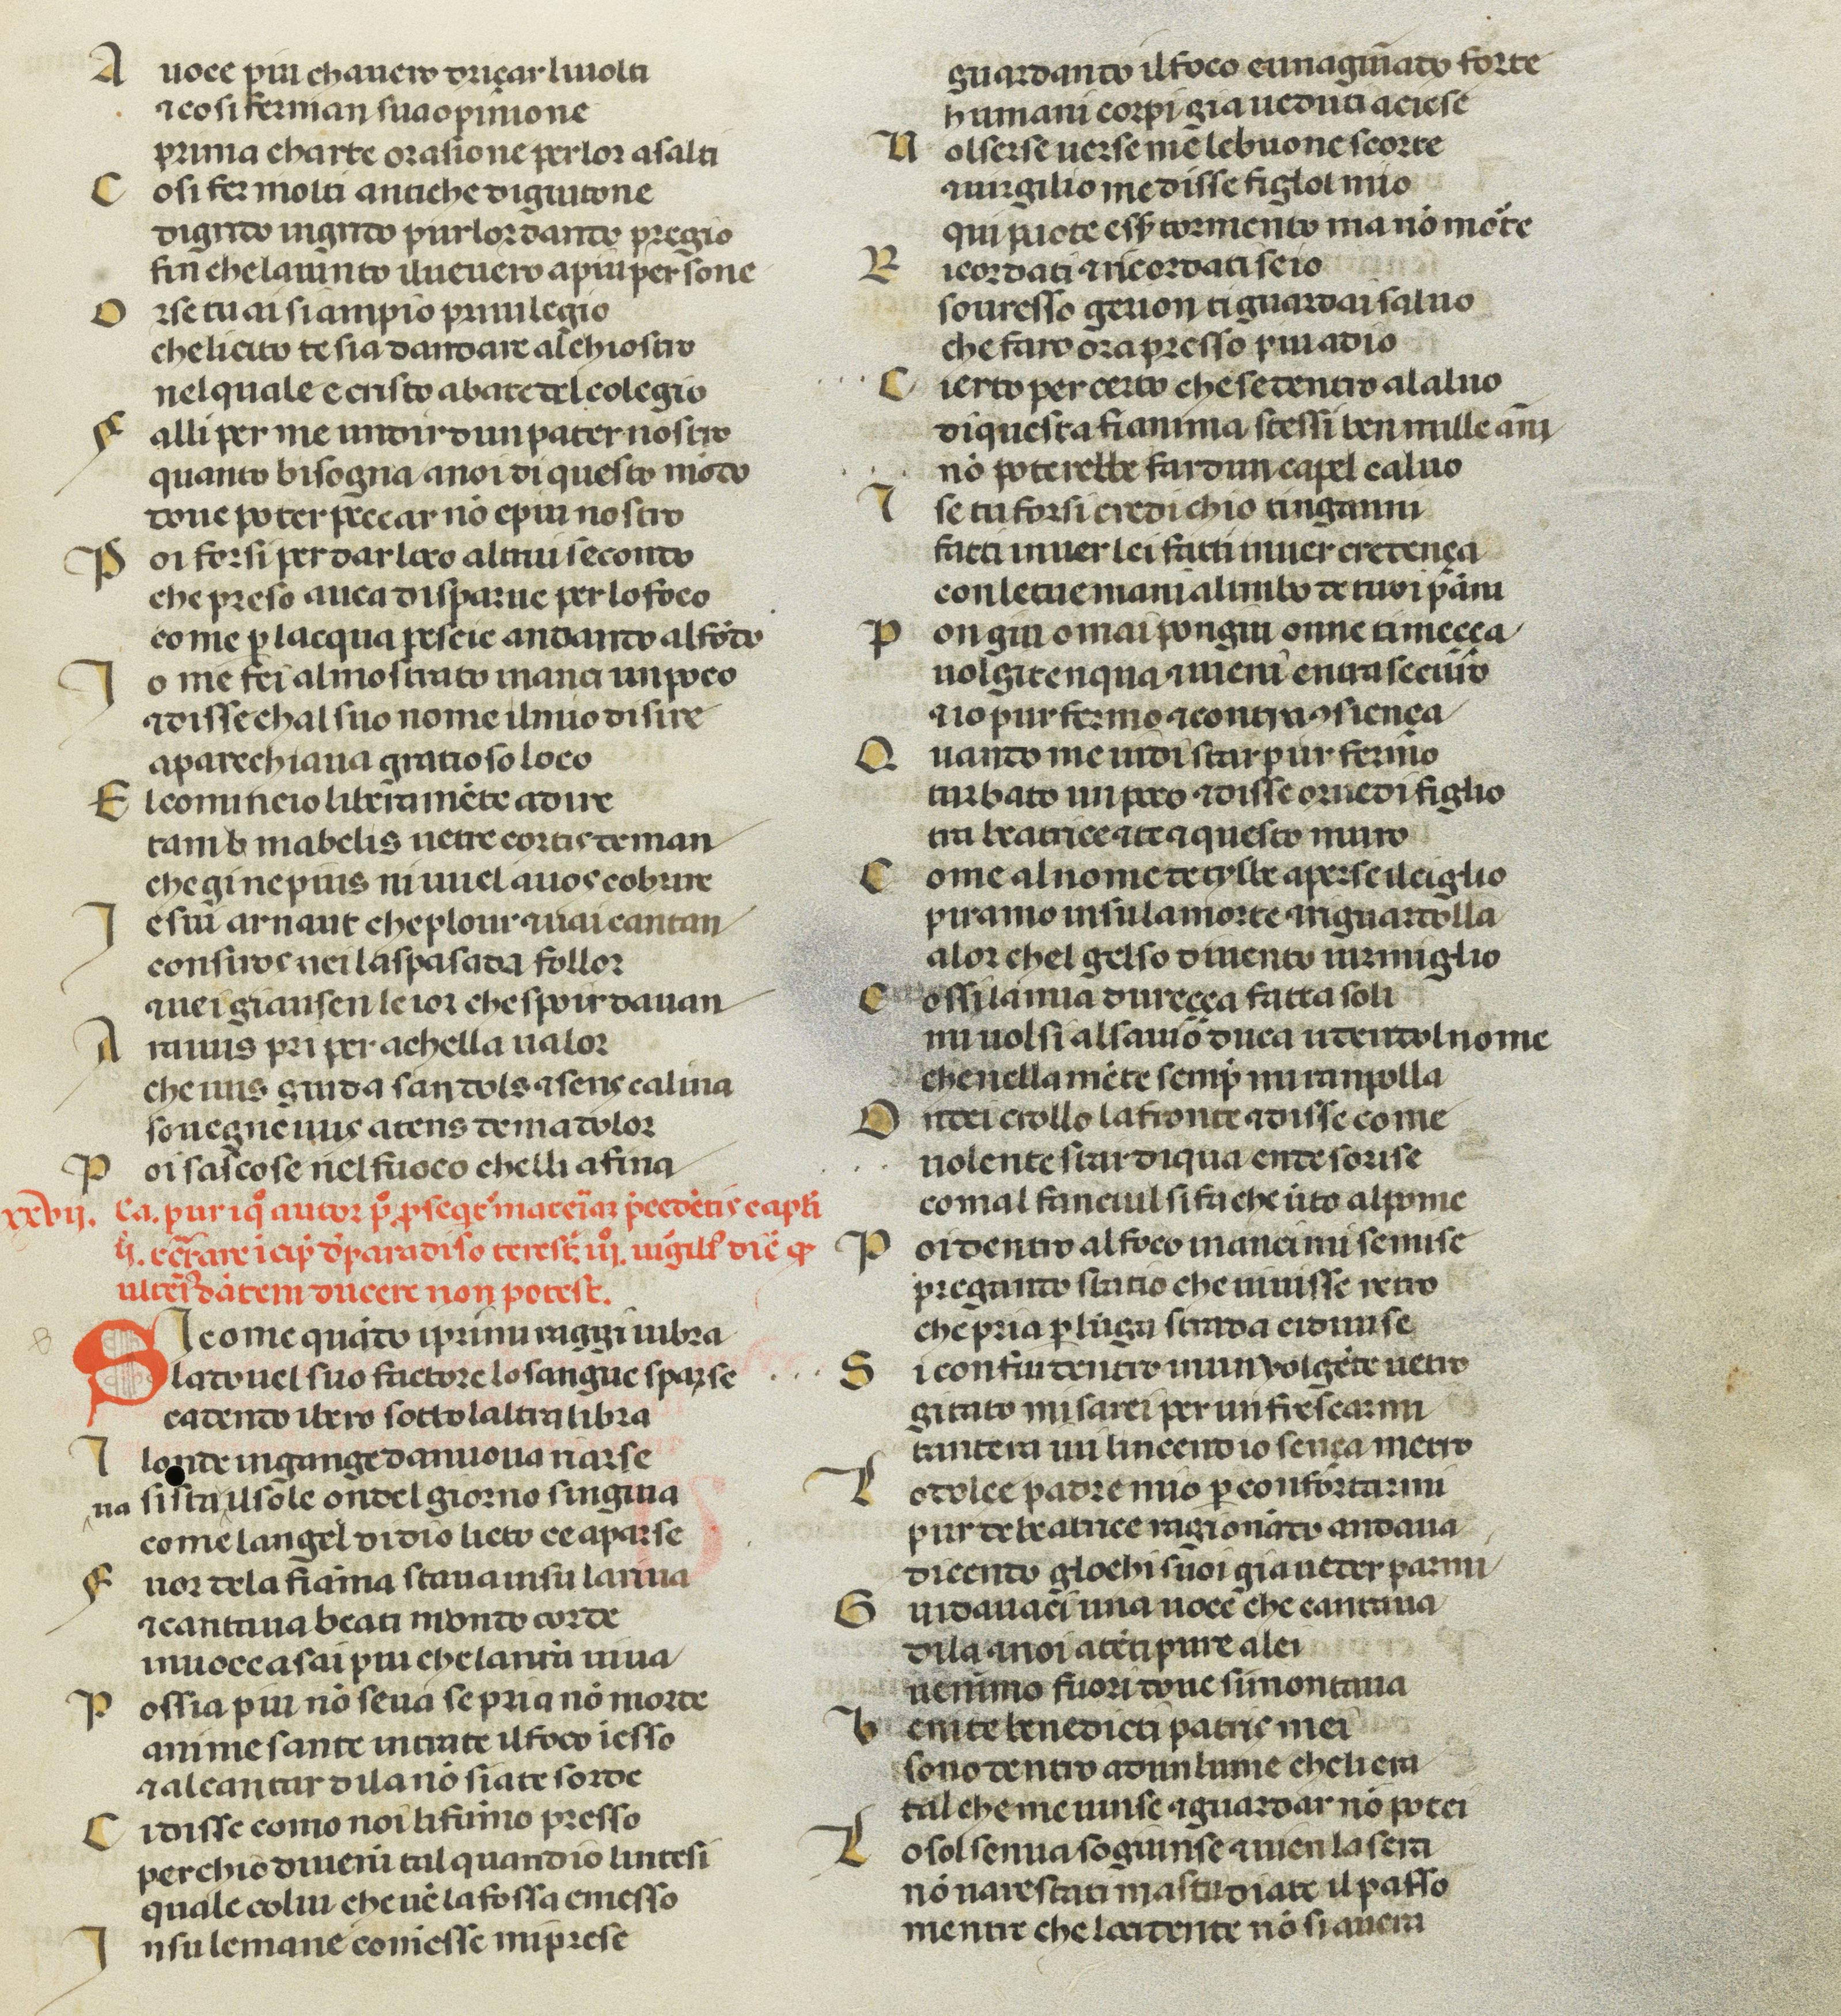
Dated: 1378–1378